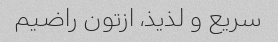
سریع و لذیذ، ازتون راضیم